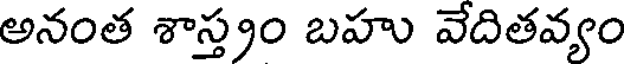
అనంత శాస్త్రం బహు వేదితవ్యం